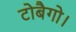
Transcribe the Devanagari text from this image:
टोबैगो।